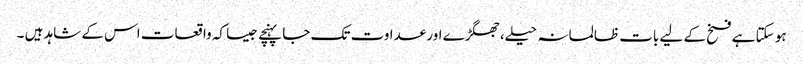
ہو سکتا ہے فسخ کے لیے بات ظالمانہ حیلے،جھگڑے اور عداوت تک جا پہنچے جیسا کہ واقعات اس کے شاہد ہیں ۔